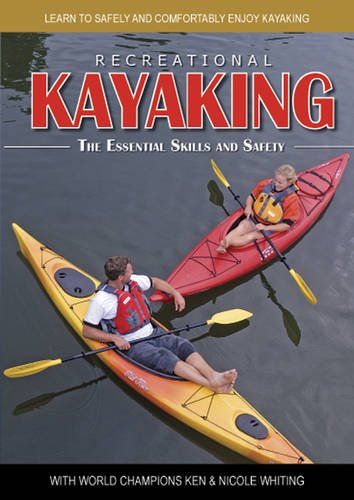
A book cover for Recreational Kayaking The Essential Skills and Safety: Learn to Safely and Comfortably Enjoy Kayaking with World Champions Ken & Nicole Whiting; Ken Whiting; Sports & Outdoors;